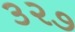
૩૨૭